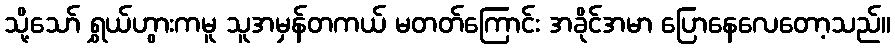
သို့သော် ရွှယ်ဟွားကမူ သူအမှန်တကယ် မတတ်ကြောင်း အခိုင်အမာ ပြောနေလေတော့သည်။